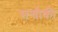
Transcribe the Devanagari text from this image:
सन्तौकी